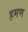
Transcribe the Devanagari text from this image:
हमण